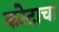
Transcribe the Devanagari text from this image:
कोटाचा